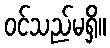
ဝင်သည်မရှိ။